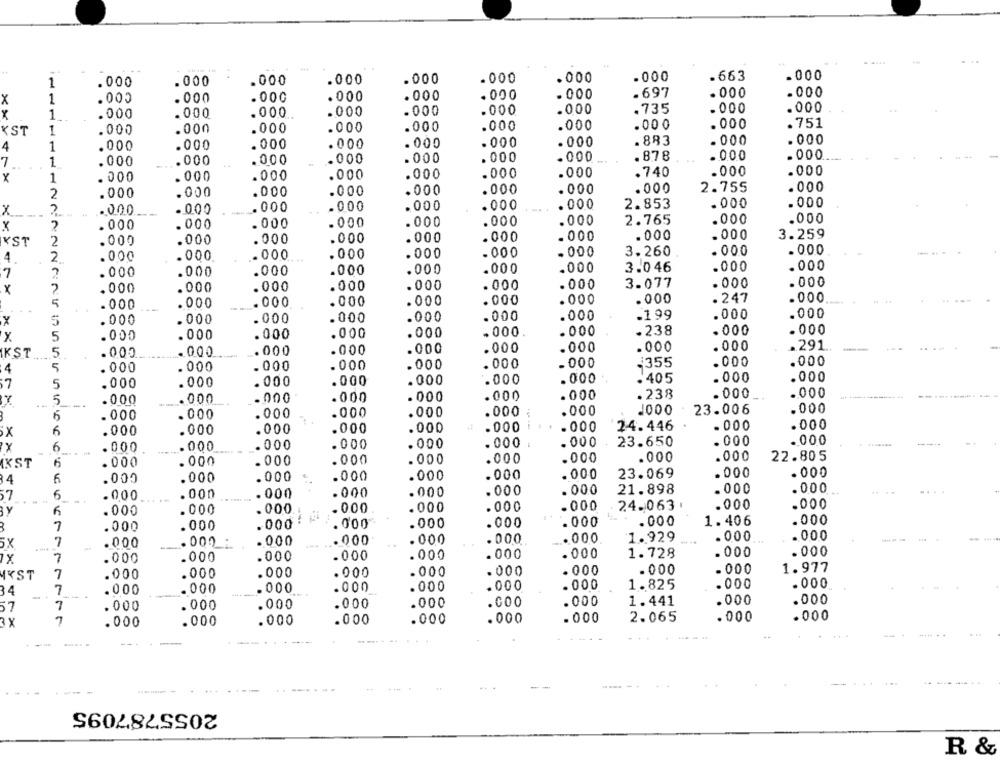
.000
.663
.000
1
.000
.000
.000
.000
.000
.000
.000
1
.005
.000
.000
.000
.000
.000
000
.697
.000
.000
x
x
.000
.000
.000
.000
.000
.000
000
.735
000
.000
1
.000
.000
.000
.000
.000
.000
000
.000
. 000
.751
KST
1
.000
.000
.000
.000
.000
.000
000
.883
.000
.000
4
1
.000
.000
.000
.000
.000
000
. 878
.000
.000
7
1
. 000
.000
.000
.000
.000
000
.740
000
.000
x
1
. 000
.000
.000
.000
.000
.000
000
.000
2.755
.000
2
.000
.000
000
000
.000
.000
000
2.853
.000
.000
x
.000
.000
000
2.765
.000
.000
.000
.000
.000
.000
.000
.000
.000
.000
.000
3.259
KST
2
.000
.000
.000
.000
.000
.000
000
3.260
000
.000
4
2
000
.000
.000
.000
.000
.000
.000
.000
.000
7
000
.000
.000
.000
.000
.000
3.046
000
000
.000
.000
.000
.000
.000
000
3.077
.000
.000
5
.000
. 000
.000
. 000
.000
.000
.000
.000
247
000
5
000
.000
.000
.000
.000
.000
000
.199
.000
×
5
.000
.000
.000
.000
.000
.000
.238
000
000
x
5
.000
.000
.000
.000
.000
.000
.000
000
.291
IKST
5
000
000
.000
.000
.000
000
.355
000
.000
4
000
.000
.000
.000
.000
.000
.405
.000
.000
7
5
000
.000
.000
.000
.000
.000
.238
. 000
.000
5
000
.000
.000
.000
.000
.000
.000
1000
23.006
.000
000
000
.000
.000
.000
24.446
.000
.000
x
.000
.000
.000
.000
.000
.000
23.650
. 000
. 000
X
6
.000
.000
.000
.000
.000
.000
.000
.000
.000
.000
.000
22.805
IKST
.000
. 000
.000
.000
23.069
.000
.000
34
6
.000
.000
.000
000
.000
. 000
.000
.000
57
6
.000
.000
000
.000
.000
.000
. 000
21.898
.000
.000
BY
.000
.000
000
.0.00
.000
.000
.000
24.063
3
7
.000
. 000
.000
000
.000
.000
.000
. . 000
1.406
.000
7
.000
.000
.000
.000
.000
.000
1.929
.000
.000
.000
7
.000
.000
.000
.000
.000
.000
.000
1.728
.000
.000
ix
.000
000
.000
000
.000
.000
1.977
MYST
7
.000
.000
.000
.000
.000
. 000
1.825
.000
.000
34
7
.000
.000
000
.000
.000
.000
.000
1.441
.000
.000
57
7
.000
.000
.000
.000
.000
2.065
.000
.000
3 X
.000
.000
.000
.000
.000
.000
2055787095
R &